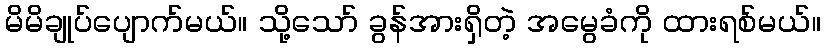
မိမိချုပ်ပျောက်မယ်။ သို့သော် ခွန်အားရှိတဲ့ အမွေခံကို ထားရစ်မယ်။